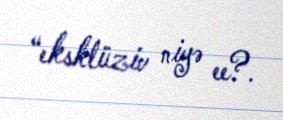
“eksklüziv niyə ee?.